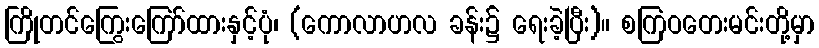
ကြိုတင်ကြွေးကြော်ထားနှင့်ပုံ၊ (ကောလာဟလ ခန်း၌ ရေးခဲ့ပြီး)။ စကြဝတေးမင်းတို့မှာ